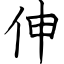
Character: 伸